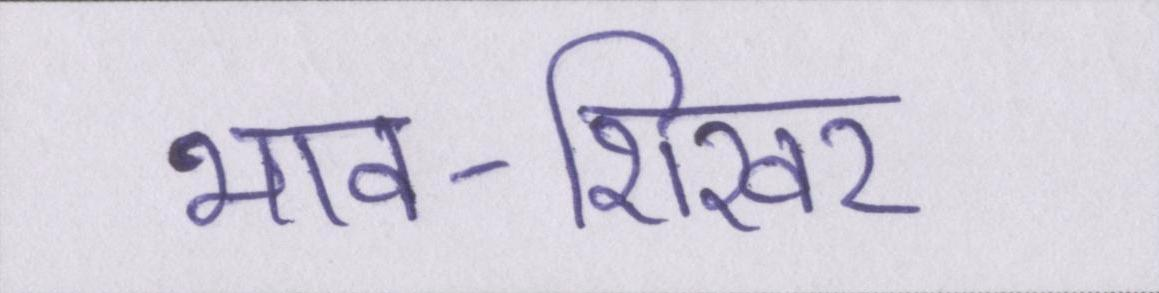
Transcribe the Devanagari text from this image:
भाव-शिखर